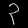
Digit: ၃